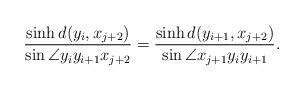
LaTeX: \begin{align*}\frac{\sinh{d(y_i,x_{j+2})}}{\sin{\angle{y_iy_{i+1}x_{j+2}}}}=\frac{\sinh{d(y_{i+1},x_{j+2})}}{\sin{\angle{x_{j+1}y_iy_{i+1}}}}.\end{align*}